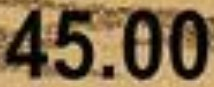
45.00